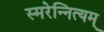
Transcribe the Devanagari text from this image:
स्मरेन्‍नित्यम्‌